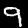
Digit: 9